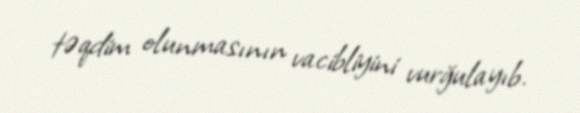
təqdim olunmasının vacibliyini vurğulayıb.